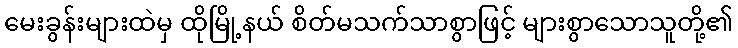
မေးခွန်းများထဲမှ ထိုမြို့နယ် စိတ်မသက်သာစွာဖြင့် များစွာသောသူတို့၏